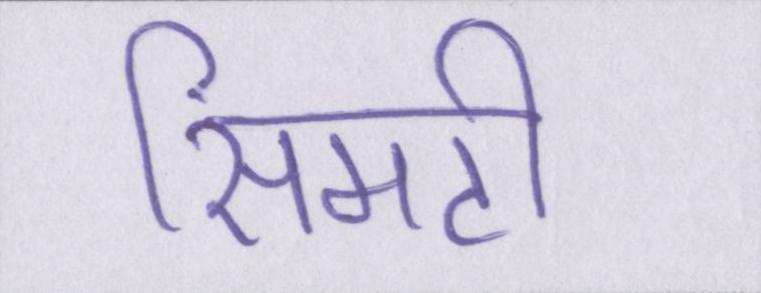
सिमटी